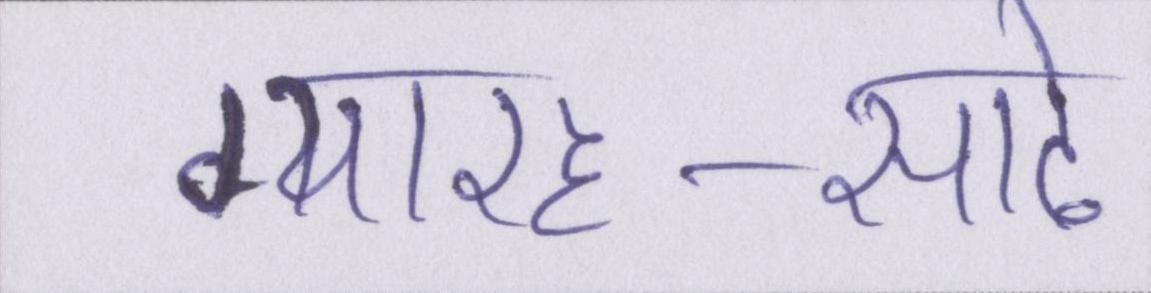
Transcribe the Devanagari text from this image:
ग्यारह-साढे